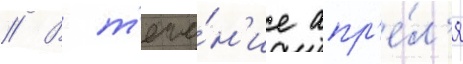
// В т'ече́н'ие апр'е́л'я